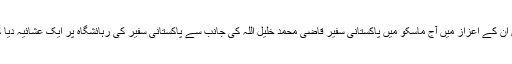
وزیراعلی بلوچستان جام کمال خان جو ان دنوں روس کے دورے پر ہیں ان کے اعزاز میں آج ماسکو میں پاکستانی سفیر قاضی محمد خلیل اللہ کی جانب سے پاکستانی سفیر کی رہائشگاہ پر ایک عشائیہ دیا گیا جس میں میاں محمد اسلم اقبال صوبائی وزیر پنجاب برائے انڈسٹری۔